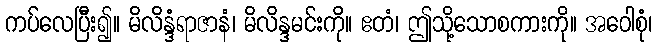
ကပ်လေပြီး၍။ မိလိန္ဒံရာဇာနံ၊ မိလိန္ဒမင်းကို။ ဧတံ၊ ဤသို့သောစကားကို။ အဝေါစုံ၊